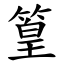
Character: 篁